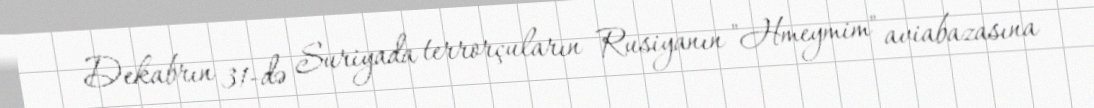
Dekabrın 31-də Suriyada terrorçuların Rusiyanın "Hmeymim" aviabazasına